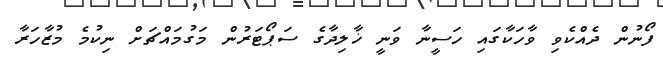
ފޯނުން ދެއްކެވި ވާހަކާގައި ހަސީނާ ވަނީ ޚާލިދާގެ ސަޕޯޓަރުން މަގުމައްޗަށް ނިކުމެ މުޒާހަރާ